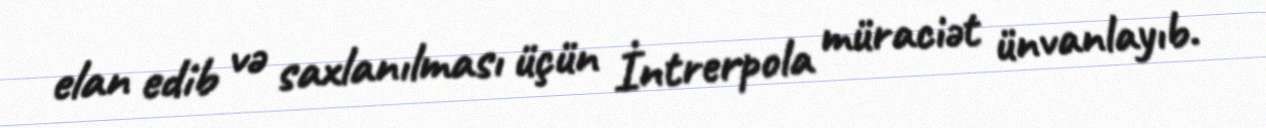
elan edib və saxlanılması üçün İntrerpola müraciət ünvanlayıb.